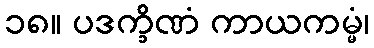
၁၈။ ပဒက္ခိဏံ ကာယကမ္မံ၊